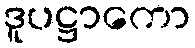
ဒူပဋ္ဌာကော